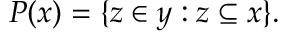
P ( x ) = \{ z \in y : z \subseteq x \} .